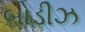
બોડીઝ